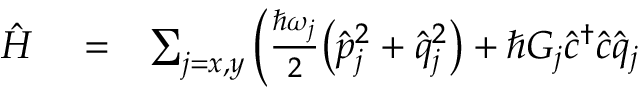
\begin{array} { r l r } { \hat { H } } & { { } = } & { \sum _ { j = x , y } \bigg ( \frac { \hbar \omega _ { j } } { 2 } \big ( \hat { p } _ { j } ^ { 2 } + \hat { q } _ { j } ^ { 2 } \big ) + \hbar G _ { j } \hat { c } ^ { \dag } \hat { c } \hat { q } _ { j } } \end{array}